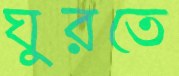
ঘুরতে